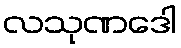
လသုဏဒေါ